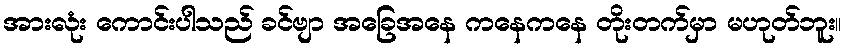
အားလုံး ကောင်းပါသည် ခင်ဗျာ အခြေအနေ ကနေကနေ တိုးတက်မှာ မဟုတ်ဘူး။